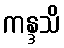
ကန္ဒသိ